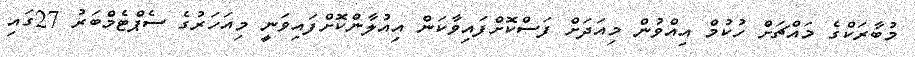
މުބާރަކްގެ މައްޗަށް ހުކުމް އިއްވުން މިއަދަށް ފަސްކޮށްފައިވާކަން އިއުލާންކޮށްފައިވަނީ މިއަހަރުގެ ސެޕްޓެމްބަރު 27ގައި